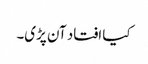
کیا افتاد آن پڑی۔